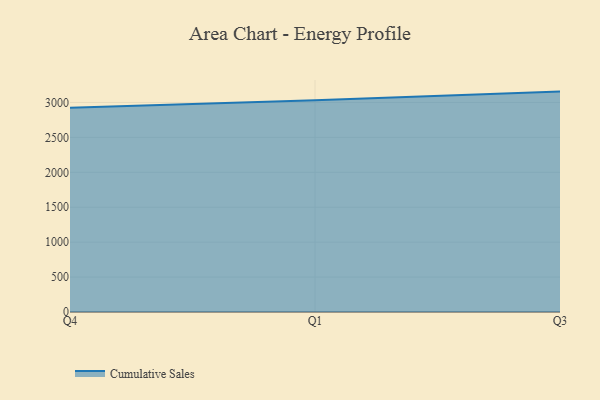
{"axis": {"x": "Quarter", "y": "Operating Costs (USD K)"}, "legend": ["Cumulative Sales"], "data": [{"x": "Q4", "y": 2923.1, "type": "Cumulative Sales"}, {"x": "Q1", "y": 3032.7, "type": "Cumulative Sales"}, {"x": "Q3", "y": 3155.6, "type": "Cumulative Sales"}]}